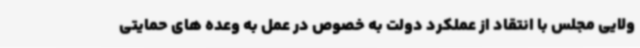
ولایی مجلس با انتقاد از عملکرد دولت به خصوص در عمل به وعده های حمایتی